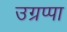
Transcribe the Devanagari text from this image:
उग्रप्पा